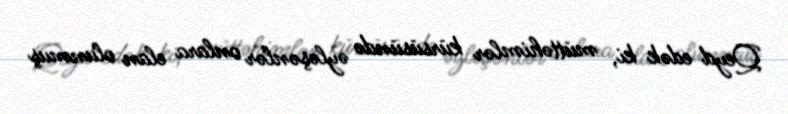
Qeyd edək ki, müttəhimlər kürsüsündə əyləşənlər onlara elan olunmuş